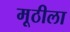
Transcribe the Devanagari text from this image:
मूठीला